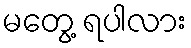
မတွေ့ ရပါလား